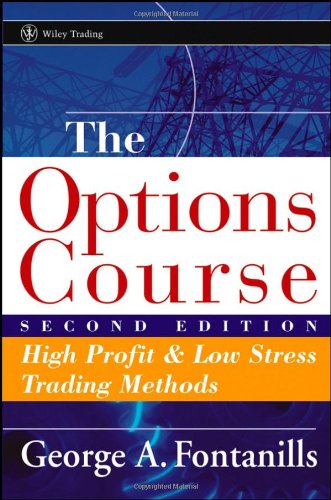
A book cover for The Options Course Second Edition: High Profit & Low Stress Trading Methods (Wiley Trading); George A. Fontanills; Business & Money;